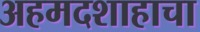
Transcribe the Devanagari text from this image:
अहमदशाहाचा